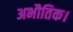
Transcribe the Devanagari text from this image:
अभौतिक।